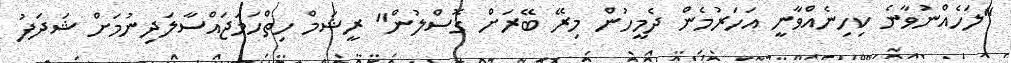
"ލަހެއްނުވާނެ ކިހިނެއްވާނީ އަހަރުމެން ދެމީހުން މިރޭ ބޭރަށް ގޮސްލުން" ރީޝަމް ހިތްހަމަޖައްސާލަދިނުމަށް ޝަދަފު